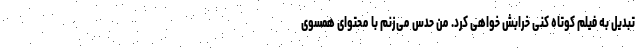
تبدیل به فیلم کوتاه کنی خرابش خواهی کرد. من حدس می‌زنم با محتوای همسوی